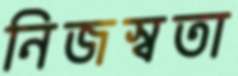
নিজস্বতা